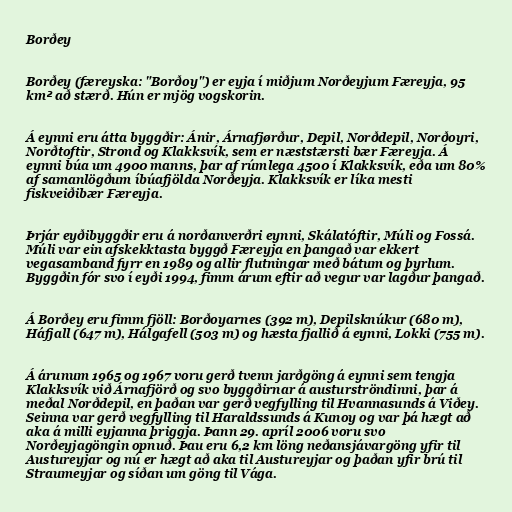
Borðey

Borðey (færeyska: "Borðoy") er eyja í miðjum Norðeyjum Færeyja, 95
km² að stærð. Hún er mjög vogskorin.

Á eynni eru átta byggðir: Ánir, Árnafjørður, Depil, Norðdepil, Norðoyri,
Norðtoftir, Strond og Klakksvík, sem er næststærsti bær Færeyja. Á
eynni búa um 4900 manns, þar af rúmlega 4500 í Klakksvík, eða um 80%
af samanlögðum íbúafjölda Norðeyja. Klakksvík er líka mesti
fiskveiðibær Færeyja.

Þrjár eyðibyggðir eru á norðanverðri eynni, Skálatóftir, Múli og Fossá.
Múli var ein afskekktasta byggð Færeyja en þangað var ekkert
vegasamband fyrr en 1989 og allir flutningar með bátum og þyrlum.
Byggðin fór svo í eyði 1994, fimm árum eftir að vegur var lagður þangað.

Á Borðey eru fimm fjöll: Borðoyarnes (392 m), Depilsknúkur (680 m),
Háfjall (647 m), Hálgafell (503 m) og hæsta fjallið á eynni, Lokki (755 m).

Á árunum 1965 og 1967 voru gerð tvenn jarðgöng á eynni sem tengja
Klakksvík við Árnafjörð og svo byggðirnar á austurströndinni, þar á
meðal Norðdepil, en þaðan var gerð vegfylling til Hvannasunds á Viðey.
Seinna var gerð vegfylling til Haraldssunds á Kunoy og var þá hægt að
aka á milli eyjanna þriggja. Þann 29. apríl 2006 voru svo
Norðeyjagöngin opnuð. Þau eru 6,2 km löng neðansjávargöng yfir til
Austureyjar og nú er hægt að aka til Austureyjar og þaðan yfir brú til
Straumeyjar og síðan um göng til Vága.